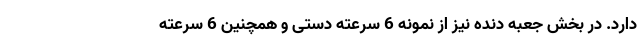
دارد. در بخش جعبه دنده نیز از نمونه 6 سرعته دستی و همچنین 6 سرعته